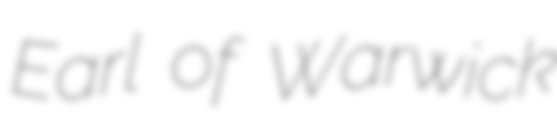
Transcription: Earl of Warwick